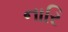
નારિ